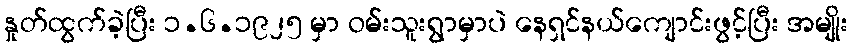
နှုတ်ထွက်ခဲ့ပြီး ၁.၆.၁၉၂၅ မှာ ဝမ်းသူးရွာမှာပဲ နေရှင်နယ်ကျောင်းဖွင့်ပြီး အမျိုး